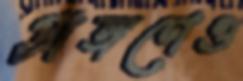
প্রাঙ্গণেও